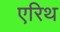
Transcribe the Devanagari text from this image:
एरिथ